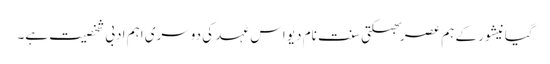
گیانیشور کے ہم عصر بھکتی سنت نام دیو اس عہد کی دوسری اہم ادبی شخصیت ہے۔